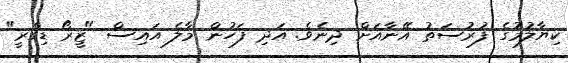
ކިޔާލުމުގެ ފުރުސަތު އޭނާއަށް ދިނެވެ. އަދި ފަހުން މާލެ އައިސް "ޒީރޯ ޑިގްރީ"